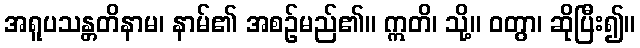
အရူပသန္တတိနာမ၊ နာမ်၏ အစဉ်မည်၏။ ဣတိ၊ သို့။ ဝတွာ၊ ဆိုပြီး၍။